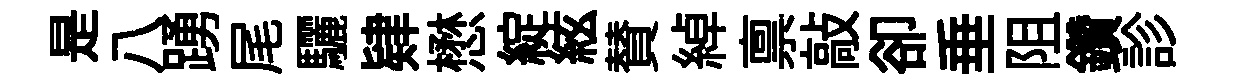
是八踴尾驪肄懋綻絃賛綽禀敲卻垂阻鑽診